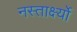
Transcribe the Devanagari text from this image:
नस्तार्क्ष्यो